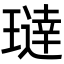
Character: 𬎍